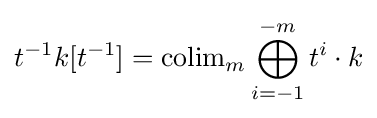
t^{-1}k[t^{-1}]=\operatorname {colim} _{m}\bigoplus _{i=-1}^{-m}t^{i}\cdot k